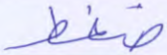
ضغط